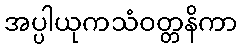
အပ္ပါယုကသံဝတ္တနိကာ